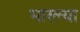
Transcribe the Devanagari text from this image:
भारल्या